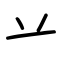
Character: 䒑